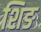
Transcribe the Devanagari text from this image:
शिङ